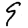
Digit: 9